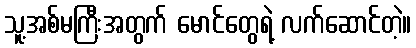
သူ့အစ်မကြီးအတွက် မောင်တွေရဲ့ လက်ဆောင်တဲ့။